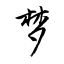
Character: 梦